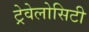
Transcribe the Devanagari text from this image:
ट्रेवेलोसिटी